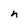
Character: h